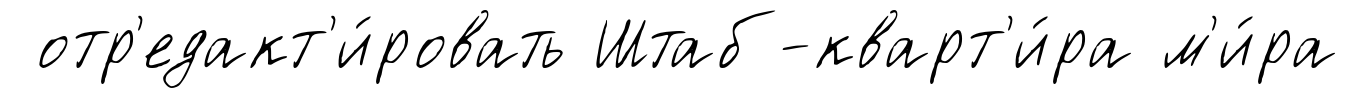
отр'едакт'и́ровать Штаб-кварт'и́ра м'и́ра